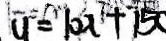
u = 1 0 x + 1 5 0